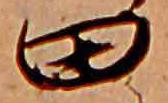
田